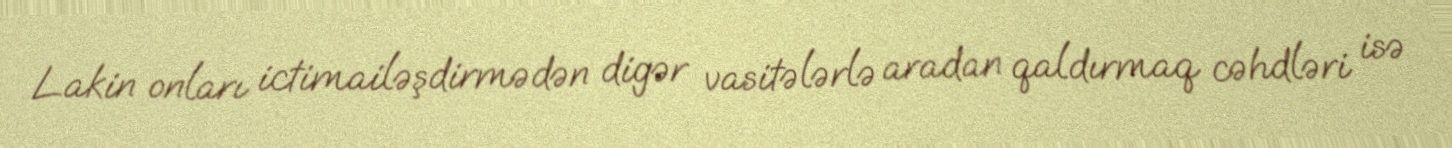
Lakin onları ictimailəşdirmədən digər vasitələrlə aradan qaldırmaq cəhdləri isə